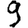
Digit: 9